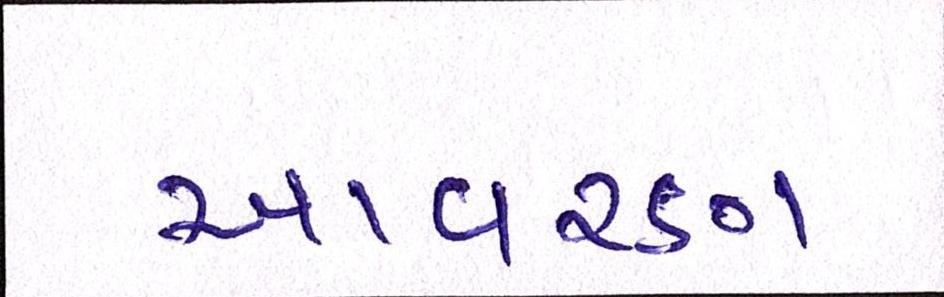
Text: આવરણ